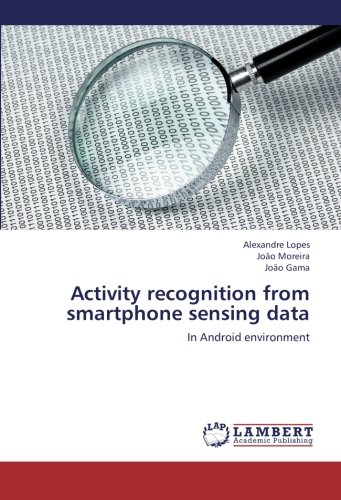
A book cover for Activity recognition from smartphone sensing data: In Android environment; Alexandre Lopes; Computers & Technology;